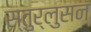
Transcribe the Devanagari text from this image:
स्तुर्लुसन